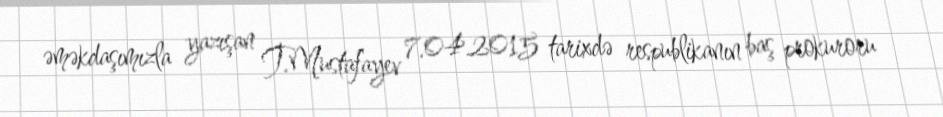
əməkdaşımızla yazışan T.Mustafayev 7.04.2015 tarixdə respublikanın baş prokuroru